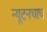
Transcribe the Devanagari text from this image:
न्यूटनचाच